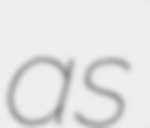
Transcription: as